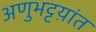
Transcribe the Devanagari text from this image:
अणुभट्टय़ांत